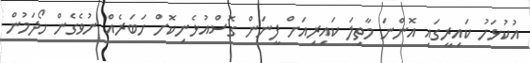
އުކުޅަހު ކައިރީގައި އޮންނަ މާތިލަ ކައިރިއަށް ފީނަން ގޮސްއުޅެނިކޮށް ހަބަރެއް ނުވެގެން ހޯދަމުން